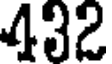
432